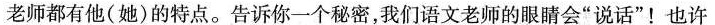
老师都有他(她)的特点。告诉你一个秘密，我们语文老师的眼睛会”说话”！也许